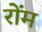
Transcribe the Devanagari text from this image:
रोंम